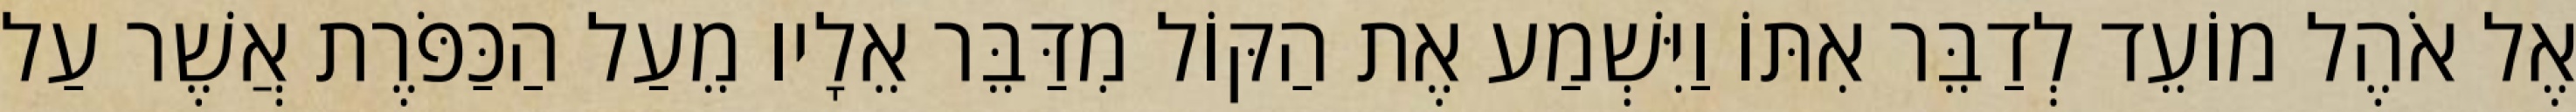
אֶל אֹהֶל מוֹעֵד לְדַבֵּר אִתּוֹ וַיִּשְׁמַע אֶת הַקּוֹל מִדַּבֵּר אֵלָיו מֵעַל הַכַּפֹּרֶת אֲשֶׁר עַל